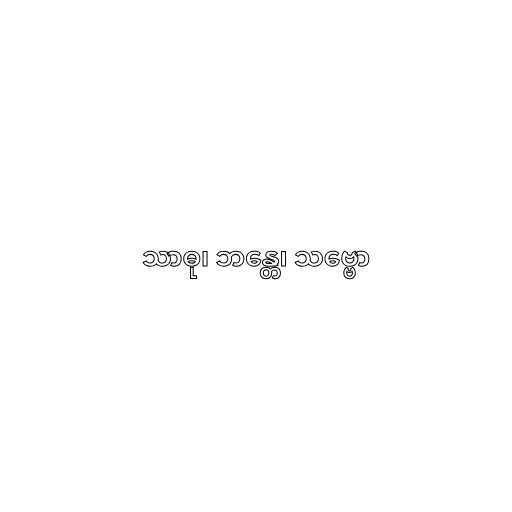
သာဓု၊ ဘန္တေ၊ သဗ္ဗော